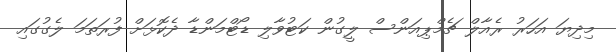
މިދިޔަ އަހަރު ރެއާލް ޗެމްޕިއަންސް ލީގުން ކަޓުވާލި ޑޯޓްމަންޑާ ދެކޮޅަށް ފުރަތަމަ ލެގުގައި